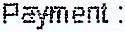
PAYMENT :